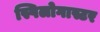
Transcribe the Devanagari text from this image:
स्पिलोगास्टर